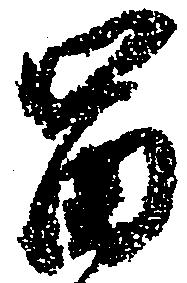
富